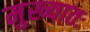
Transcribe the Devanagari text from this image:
मुख्यातः